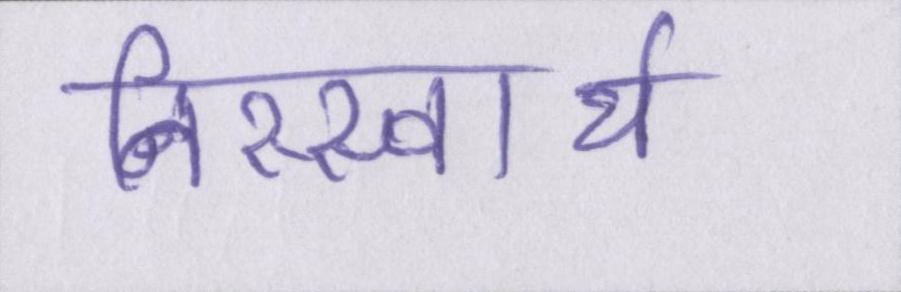
निस्स्वार्थ